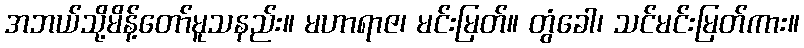
အဘယ်သို့မိန့်တော်မူသနည်း။ မဟာရာဇ၊ မင်းမြတ်။ တွံခေါ၊ သင်မင်းမြတ်ကား။